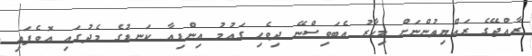
ރާއްޖޭގެ ރައްޔިތުންނަށް މިހާރު އެބަވިސްނޭ ދިވެހި ގައުމު އިންޑިއާ ކަނޑުގެ މެދުގައި އޮވެފައި